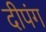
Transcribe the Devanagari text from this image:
दीपंग